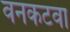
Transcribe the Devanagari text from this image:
वनकटवा